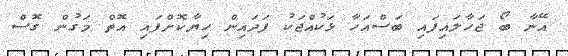
އޭނާ ބޯ ޖަހާލައިފައި ބަސްއަހާ ޅަކުއްޖަކު ފަދައިން ހިޔާކޮށްފައި އޮތް މަގުން ގޮސް